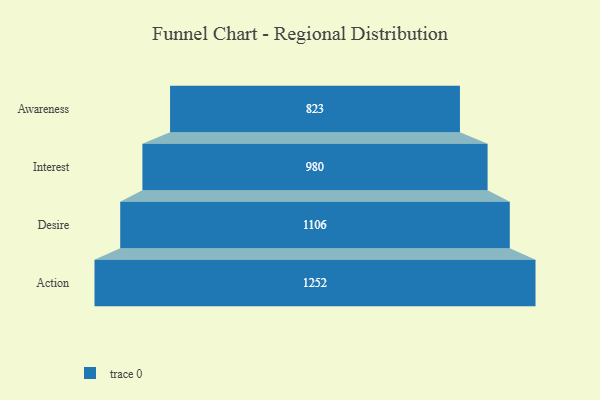
{"axis": {"x": "Stage", "y": "Value"}, "legend": [""], "data": [{"x": "Awareness", "y": 823.0, "type": ""}, {"x": "Interest", "y": 980.0, "type": ""}, {"x": "Desire", "y": 1106.0, "type": ""}, {"x": "Action", "y": 1252.0, "type": ""}]}